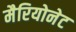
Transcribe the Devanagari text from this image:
मैरियोनेट